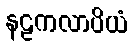
နဠကလာပိယံ